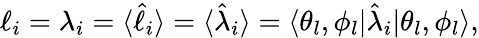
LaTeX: \begin{array}{r}{\ell_{i}=\lambda_{i}=\langle\hat{\ell}_{i}\rangle=\langle\hat{\lambda}_{i}\rangle=\langle\theta_{l},\phi_{l}|\hat{\lambda}_{i}|\theta_{l},\phi_{l}\rangle,}\end{array}